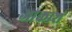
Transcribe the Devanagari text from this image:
आकाशं